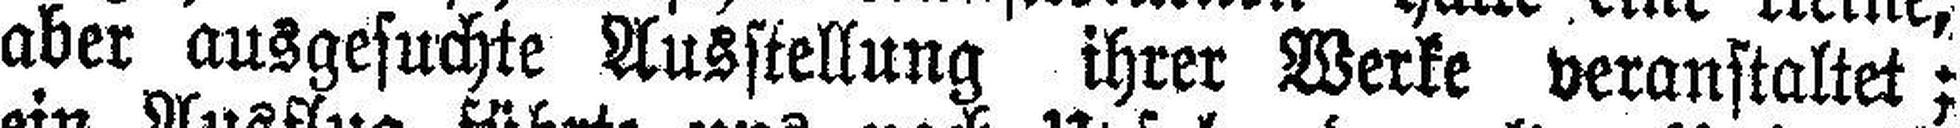
aber ausgesuchte Ausstellung ihrer Werke veranstaltet;